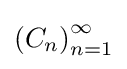
\left(C_{n}\right)_{n=1}^{\infty }